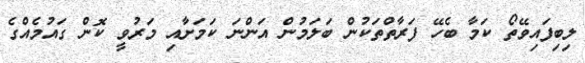
ލިބިފައިވޭތޯ ކަމާ ބެހޭ ފަރާތްތަކުން ބަލަމުން އަންނަ ކަމަށާއި މަރުވީ ކޮން ގައުމެއްގެ